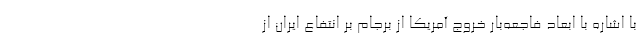
با اشاره با ابعاد فاجعه‌بار خروج آمریکا از برجام بر انتفاع ایران از